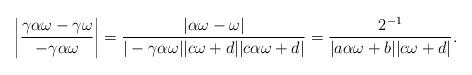
LaTeX: \begin{align*}\left|\dfrac{\gamma \alpha \omega - \gamma \omega}{- \gamma \alpha \omega}\right|=\dfrac{|\alpha \omega-\omega|}{|-\gamma \alpha \omega||c \omega+d||c \alpha \omega+d|}=\dfrac{2^{-1}}{|a \alpha \omega+b||c \omega+d|}.\end{align*}